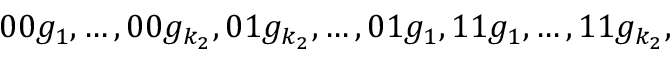
0 0 g _ { 1 } , \ldots , 0 0 g _ { k _ { 2 } } , 0 1 g _ { k _ { 2 } } , \ldots , 0 1 g _ { 1 } , 1 1 g _ { 1 } , \ldots , 1 1 g _ { k _ { 2 } } ,